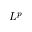
L ^ { p }